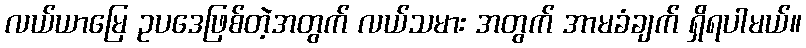
လယ်ယာမြေ ဥပဒေဖြစ်တဲ့အတွက် လယ်သမား အတွက် အာမခံချက် ရှိရပါမယ်။